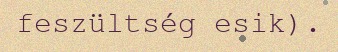
feszültség esik).